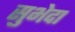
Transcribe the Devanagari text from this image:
सुभेदा